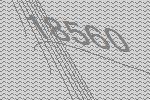
18560